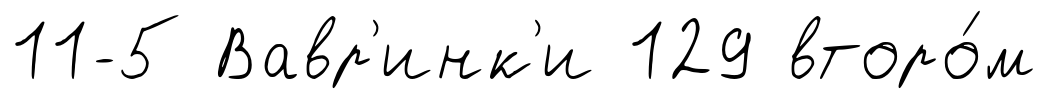
11-5 Вавр'инк'и 129 второ́м